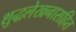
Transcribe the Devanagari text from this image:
शुद्धलेखनासहित